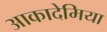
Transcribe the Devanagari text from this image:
आकादेमिया